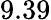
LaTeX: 9.39